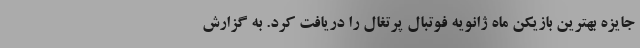
جایزه بهترین بازیکن ماه ژانویه فوتبال پرتغال را دریافت کرد. به گزارش